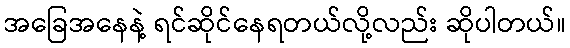
အခြေအနေနဲ့ ရင်ဆိုင်နေရတယ်လို့လည်း ဆိုပါတယ်။